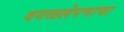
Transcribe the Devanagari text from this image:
वगळलेपणाचा